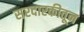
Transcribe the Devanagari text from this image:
सरदारकीतून